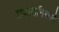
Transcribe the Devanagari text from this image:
तपासनिसाने